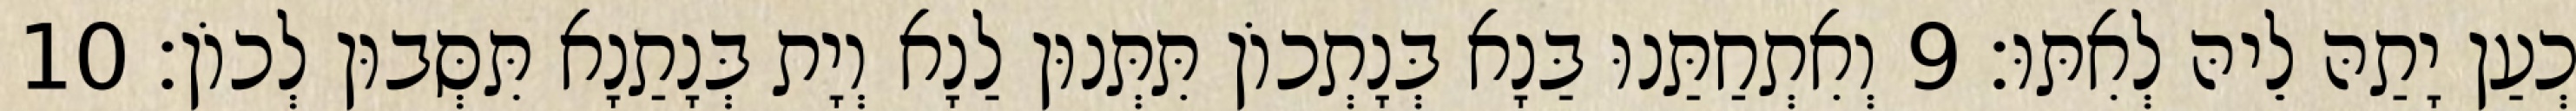
כְעַן יָתַהּ לֵיהּ לְאִתּוּ׃ 9 וְאִתְחַתַּנוּ בַּנָא בְּנָתְכוֹן תִּתְּנוּן לַנָא וְיָת בְּנָתַנָא תִּסְּבוּן לְכוֹן׃ 10